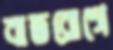
বাতরোগে